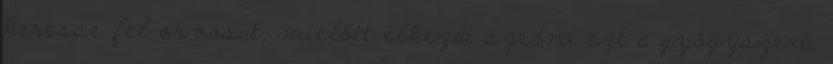
keresse fel orvosát, mielőtt elkezdi szedni ezt a gyógyszert.